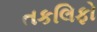
તકલિફો